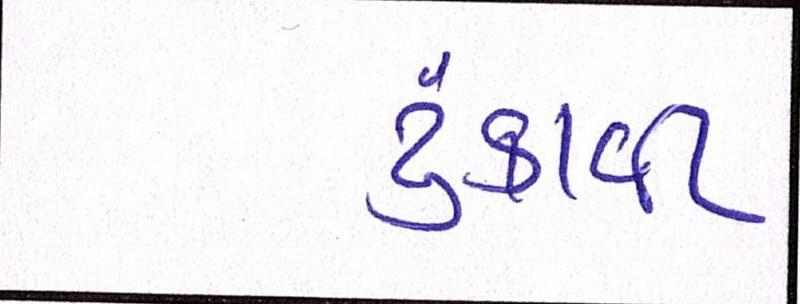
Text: ટુંકાવી